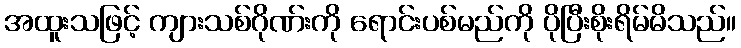
အထူးသဖြင့် ကျားသစ်ဂိုဏ်းကို ရောင်းပစ်မည်ကို ပိုပြီးစိုးရိမ်မိသည်။